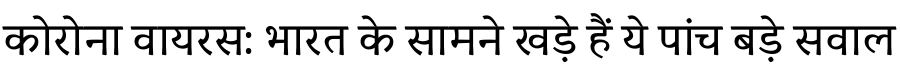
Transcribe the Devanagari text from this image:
कोरोना वायरस: भारत के सामने खड़े हैं ये पांच बड़े सवाल